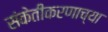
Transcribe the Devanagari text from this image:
संकेतीकरणाच्या